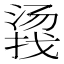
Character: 𱠤